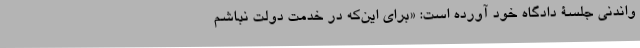
واندنی جلسۀ دادگاه خود آورده است: «برای این‌که در خدمت دولت نباشم